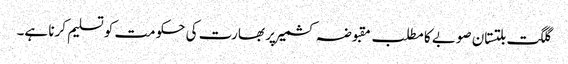
گلگت بلتستان صوبے کا مطلب مقبوضہ کشمیر پر بھارت کی حکومت کو تسلیم کرنا ہے۔